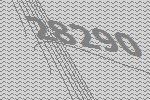
28290